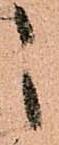
之